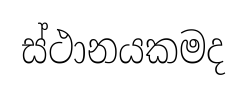
ස්ථානයකමද